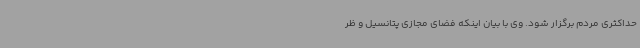
حداکثری مردم برگزار شود. وی با بیان اینکه فضای مجازی پتانسیل و ظر